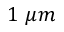
1 ~ \mu m